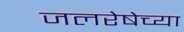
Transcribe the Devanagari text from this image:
जलरेषेच्या